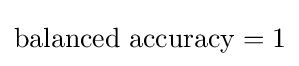
\mathrm {balanced\ accuracy} =1